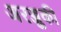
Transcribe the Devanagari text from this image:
अरज्जुकी